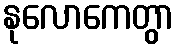
နုလောကေတွာ